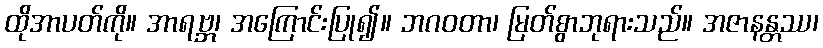
ထိုအာပတ်ကို။ အာရဗ္ဘ၊ အကြောင်းပြု၍။ ဘဂဝတာ၊ မြတ်စွာဘုရားသည်။ အဇာနန္တဿ၊